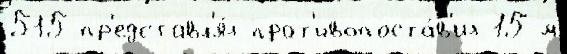
515 пр'едставл'я́л прот'ивопоста́в'ил 15-м